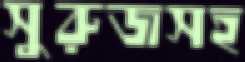
সুরুজসহ